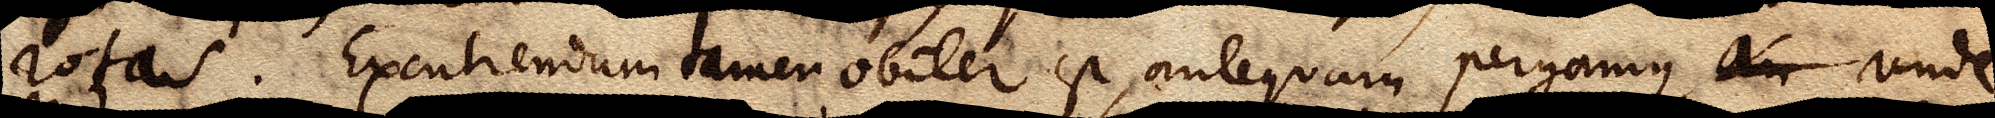
rotas. Excutiendum tamen obiter est, antequam pergamus, an xx unde